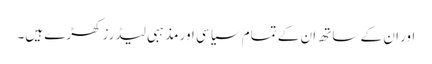
اور ان کے ساتھ ان کے تمام سیاسی اور مذہبی لیڈرز کھڑے ہیں۔